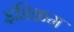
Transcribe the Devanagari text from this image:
इंडिकम